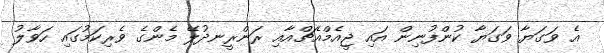
އެ ވަގަޔާ ވަގަޔާ ކުންފުނިން އައި ޖީއެމްއެޗްއާއި ރަންރީނދުލޭ މެންގެ ވެރިކަމުގައި ހަވާލު